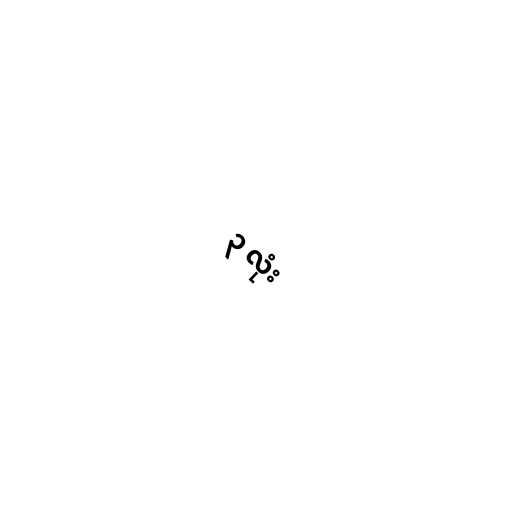
၃ လုံး